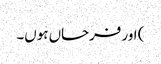
) اور فرحاں ہوں۔